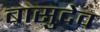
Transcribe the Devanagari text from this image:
बासुदेव